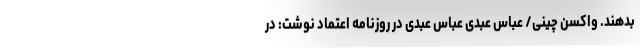
بدهند. واکسن چینی/ عباس عبدی عباس عبدی در روزنامه اعتماد نوشت: در